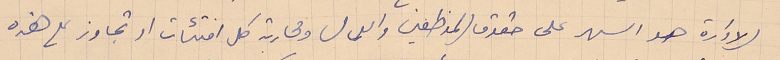
الادارة هو السهر على حقوق الموظفين والعمال ومحاربة كل افتئات او تجاوز على هذه